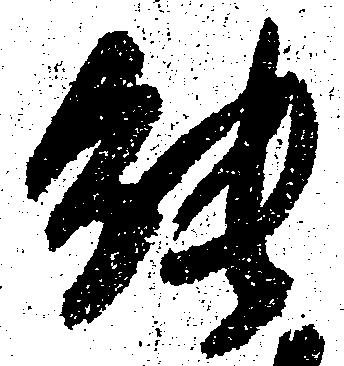
能